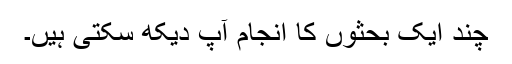
چند ایک بحثوں کا انجام آپ دیکھ سکتی ہیں۔